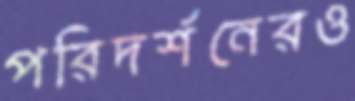
পরিদর্শনেরও